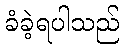
ခံခဲ့ရပါသည်